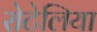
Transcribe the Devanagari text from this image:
रोटेलिया